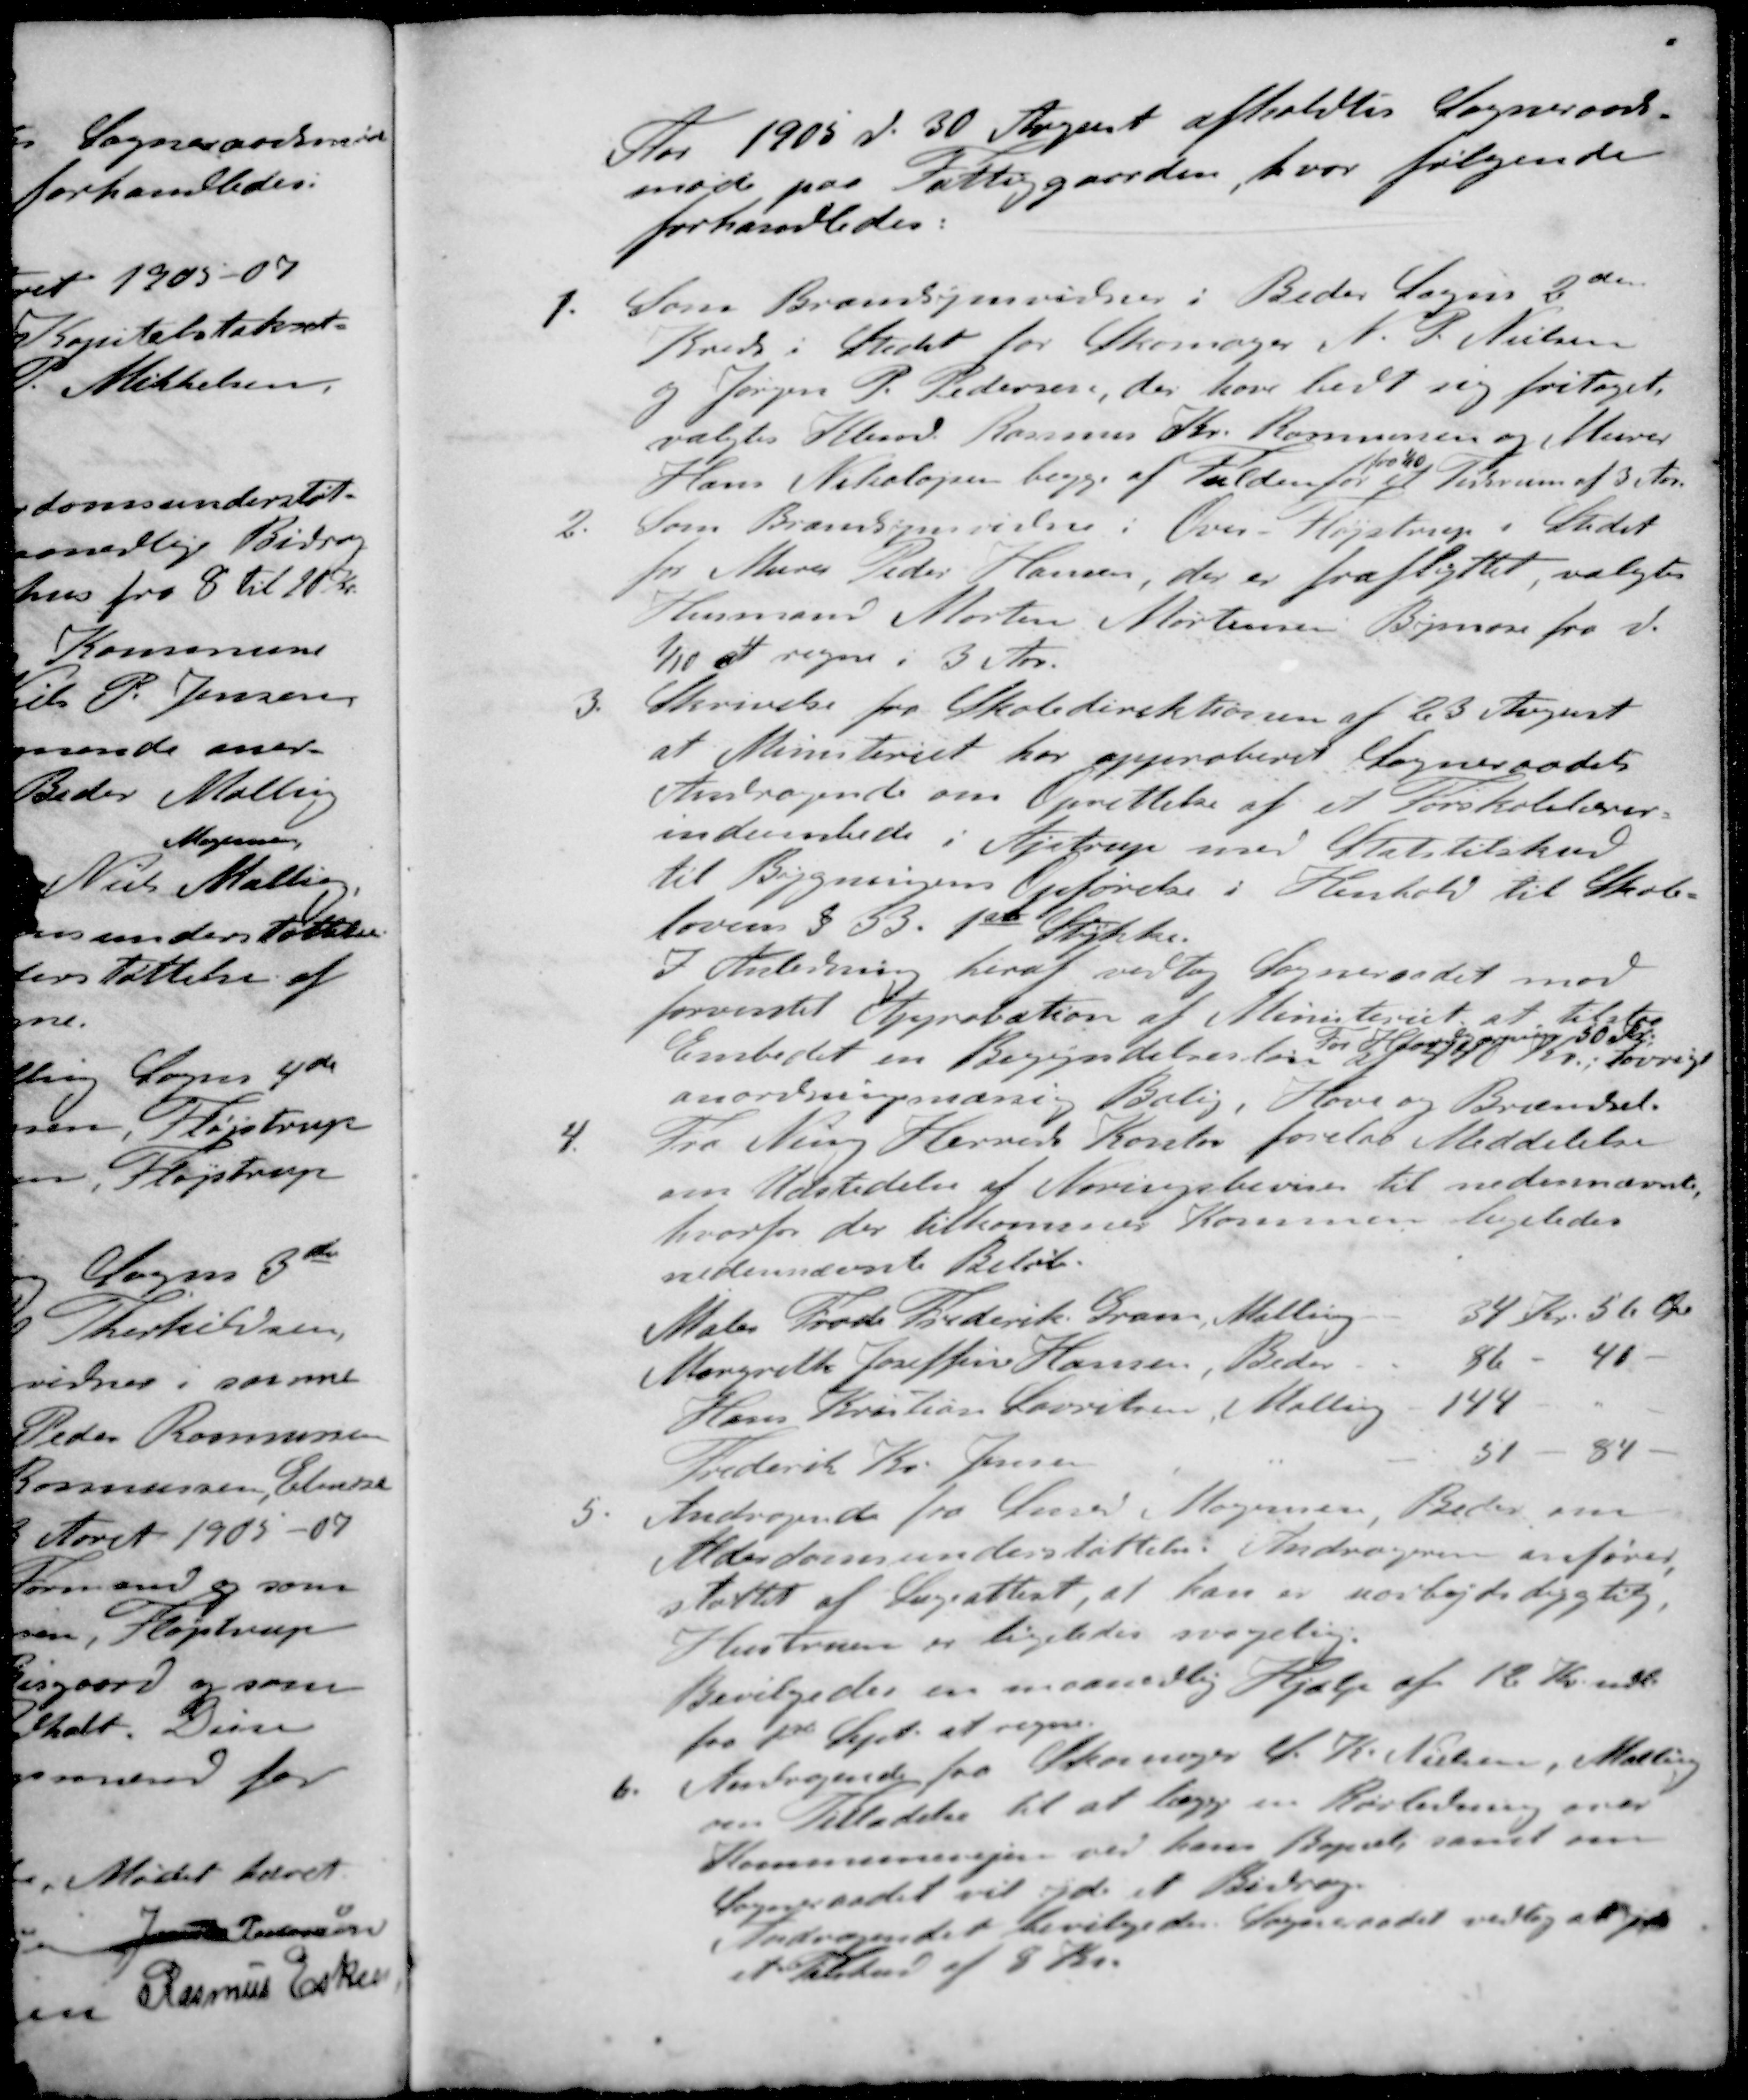
Transskription:
Aar 1905 d. 30 August afholdtes Sogneraads-
møde paa Fattiggaarden, hvor følgende
forhandledes.
1. Som Brandsynsvidner i Beder Sogns 2den
Kreds i Stedet for Skomager N. P. Nielsen
og Jørgen P. Pedersen, der have bedt sig fritaget
valgtes Kbmd. Rasmus Kr. Rasmussen og Murer
Hans Nikolajsen begge af Fulden for af Tidsrum af 3 Aar
2. Som Brandsynsvidne i Over-Fløjstrup i Stedet
for Murer Peder Hansen, der er fraflyttet, valgtes
Husmand Morten Mortensens Bymose fra d.
1/10 at regne i 3 Aar.
3. Skrivelse fra Skoledirektionen af 23 August
at Ministeriet har approberet Sogneraadets
Andragende om Oprettelse af et Forskolelærer-
indembede i Ajstrup med Statstilskud
til Bygningens Opførelse i Henhold til Skole-
loven § 33. 1ste Stykke.
I Anledning heraf vedtog Sogneraadet mod
forventet Approbation af Ministeriet at tilstaa
For  50 Kr.
Embedet en Begyndelsesløn af 440 Kr., i øvrigt
anordningsmæsig Bolig, Have og Brændsel.
4. Fra Ning Herreds Kontor forelaa Meddelelse
om Udstedelse af Næringsbeviser til nedennævnte
hvorfor der tilkommer Kommune ligeledes
nedennævnte Beløb.
Maler Frode Frederik Gram, Malling
34 Kr. 56 Øre
Margrethe Joseffine Hansen, Beder
86 - 40 -
Hans Kristian Lauritsen Malling
144 - " -
Frederik Kr. Jensen
51 - 84 -
5 Andragende fra Smed Mogensen, Beder om
Alderdomsunderstøttelse. Andrageren anfører,
støttet af Lægeattest, at han er uarbejdsdygtig
Hustruen er ligeledes svagelig
Bevilgedes en maanedlig Hjælp af 12 Kr. mdl
fra 1ste Sept. at regne.
6. Andragende fra Skomager S. K. Nielsen, Malling
om Tilladelse til at lægge en Rørledning over
Kommunevejen ved hans Bopæl, samt om
Sogneraadet vil yde et Bidrag.
Andragendet bevilgedes Sogneraadet vedtog at yde
et Tilskud af 8 Kr.